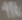
Text: 1k